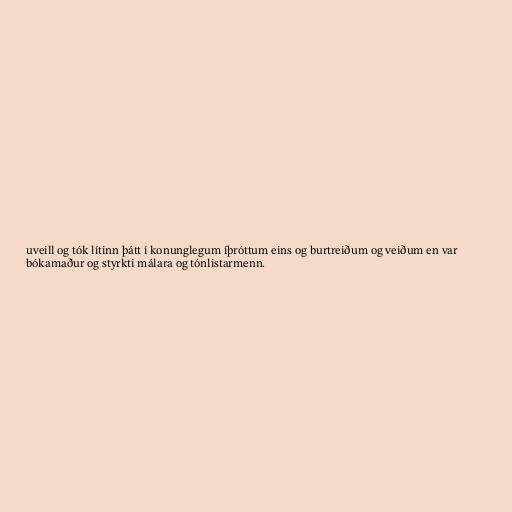
uveill og tók lítinn þátt í konunglegum íþróttum eins og burtreiðum og veiðum en var
bókamaður og styrkti málara og tónlistarmenn.